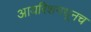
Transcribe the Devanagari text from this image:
आयरिशमधूनच